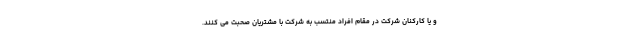
و یا کارکنان شرکت در مقام افراد منتسب به شرکت با مشتریان صحبت می کنند.